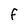
Character: f